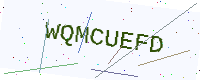
Text: WQMCUEFD